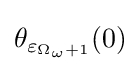
\theta _{\varepsilon _{\Omega _{\omega }+1}}(0)